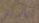
الأفريقي